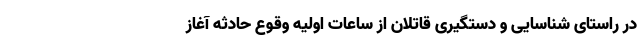
در راستای شناسایی و دستگیری قاتلان از ساعات اولیه وقوع حادثه آغاز